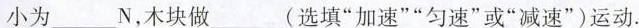
小为___N，木块做___(选填”加速””匀速”或”减速”)运动。